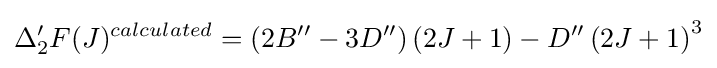
\Delta _{2}^{\prime }F(J)^{calculated}=(2B^{\prime \prime }-3D^{\prime \prime })\left(2J+1\right)-D^{\prime \prime }\left(2J+1\right)^{3}